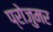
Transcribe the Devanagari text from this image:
प्रोजुमर